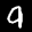
Label: 9